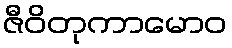
ဇီဝိတုကာမောဝ